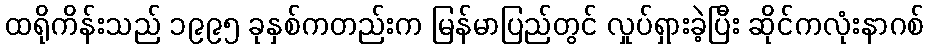
ထရိုကိန်းသည် ၁၉၉၅ ခုနှစ်ကတည်းက မြန်မာပြည်တွင် လှုပ်ရှားခဲ့ပြီး ဆိုင်ကလုံးနာဂစ်